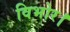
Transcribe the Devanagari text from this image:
विभोर।